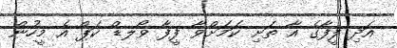
އަދި ފީފާގެ އާ ތަށި ކަމަށްވާ ފީފާ ވޯލޑް ކަޕް އެ މީހުން